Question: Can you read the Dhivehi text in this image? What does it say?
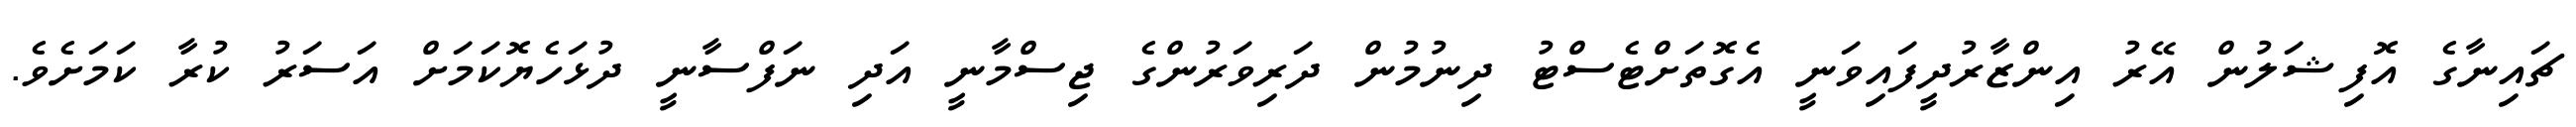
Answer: ޗައިނާގެ އޮފިޝަލުން އޭރު އިންޒާރުދީފައިވަނީ އެގޮތަށްޓެސްޓު ދިނުމުން ދަރިވަރުންގެ ޖިސްމާނީ އަދި ނަފްސާނީ ދުޅަހެޔޮކަމަށް އަސަރު ކުރާ ކަމަށެވެ.